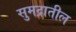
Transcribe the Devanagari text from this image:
सुमद्रातील